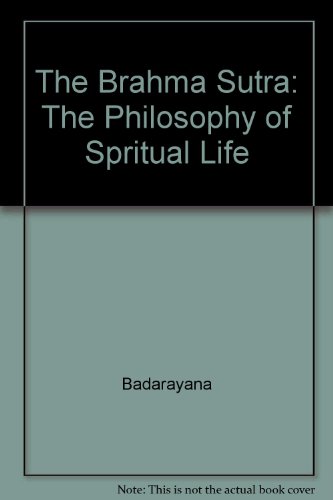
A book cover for The Brahma Sutra: The Philosophy of Spiritual Life; S. Radhakrishnan; Religion & Spirituality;